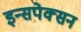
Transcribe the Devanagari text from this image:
इन्सपेक्सन